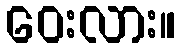
ဝေးလား။